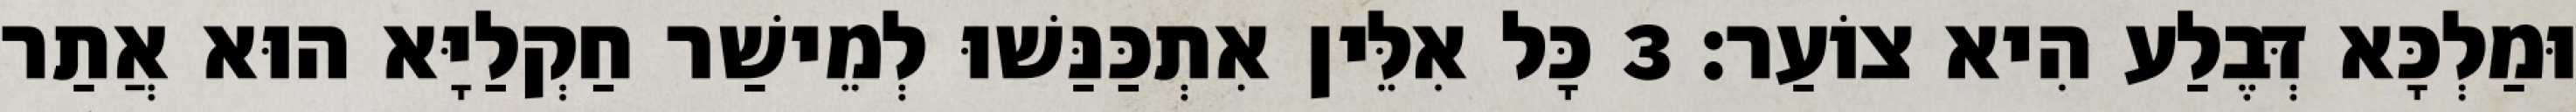
וּמַלְכָּא דְּבֶלַע הִיא צוֹעַר׃ 3 כָּל אִלֵּין אִתְכַּנַּשׁוּ לְמֵישַׁר חַקְלַיָּא הוּא אֲתַר